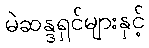
မဲဆန္ဒရှင်များနှင့်